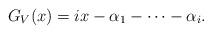
LaTeX: \begin{align*}G_V(x) = ix -\alpha_1 - \cdots -\alpha_{i}.\end{align*}